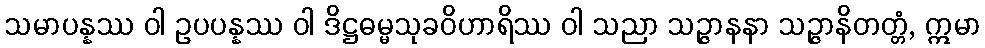
သမာပန္နဿ ဝါ ဥပပန္နဿ ဝါ ဒိဋ္ဌဓမ္မသုခဝိဟာရိဿ ဝါ သညာ သဉ္ဇာနနာ သဉ္ဇာနိတတ္တံ, ဣမာ